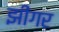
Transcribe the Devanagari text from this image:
झींगर